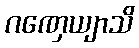
ဂဏှေယျာသိ